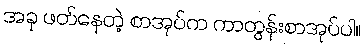
အခု ဖတ်နေတဲ့ စာအုပ်က ကာတွန်းစာအုပ်ပါ။